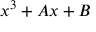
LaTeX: x ^ { 3 } + A x + B